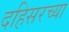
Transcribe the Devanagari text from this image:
दहिसरच्या